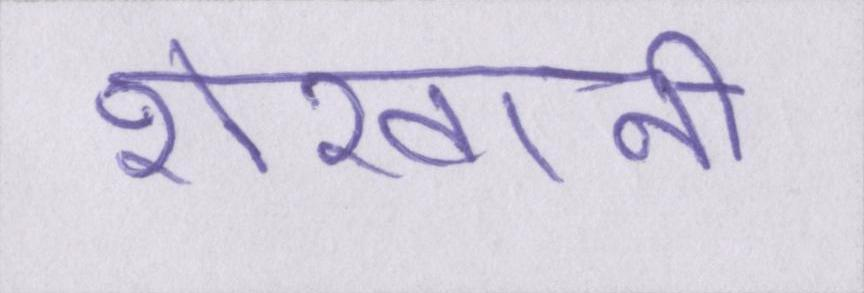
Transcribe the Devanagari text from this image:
शेरवानी